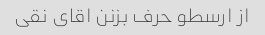
از ارسطو حرف بزنن اقای نقی